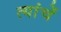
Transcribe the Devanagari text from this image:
त्यांचेेें